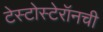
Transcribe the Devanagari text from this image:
टेस्टोस्टेरॉनची